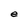
Character: e